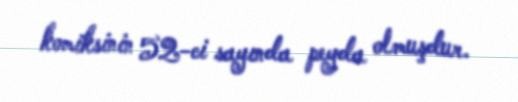
komiksinin 52-ci sayında peyda olmuşdur.